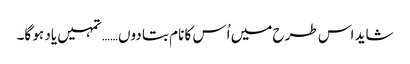
شاید اس طرح میں اُس کا نام بتا دوں…… تمہیں یاد ہو گا۔